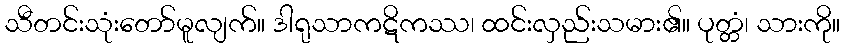
သီတင်းသုံးတော်မူလျက်။ ဒါရုသာကဋိကဿ၊ ထင်းလှည်းသမား၏။ ပုတ္တံ၊ သားကို။